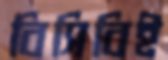
বিসিবিই